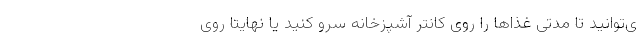
ی‌توانید تا مدتی غذاها را روی کانتر آشپزخانه سرو کنید یا نهایتا روی